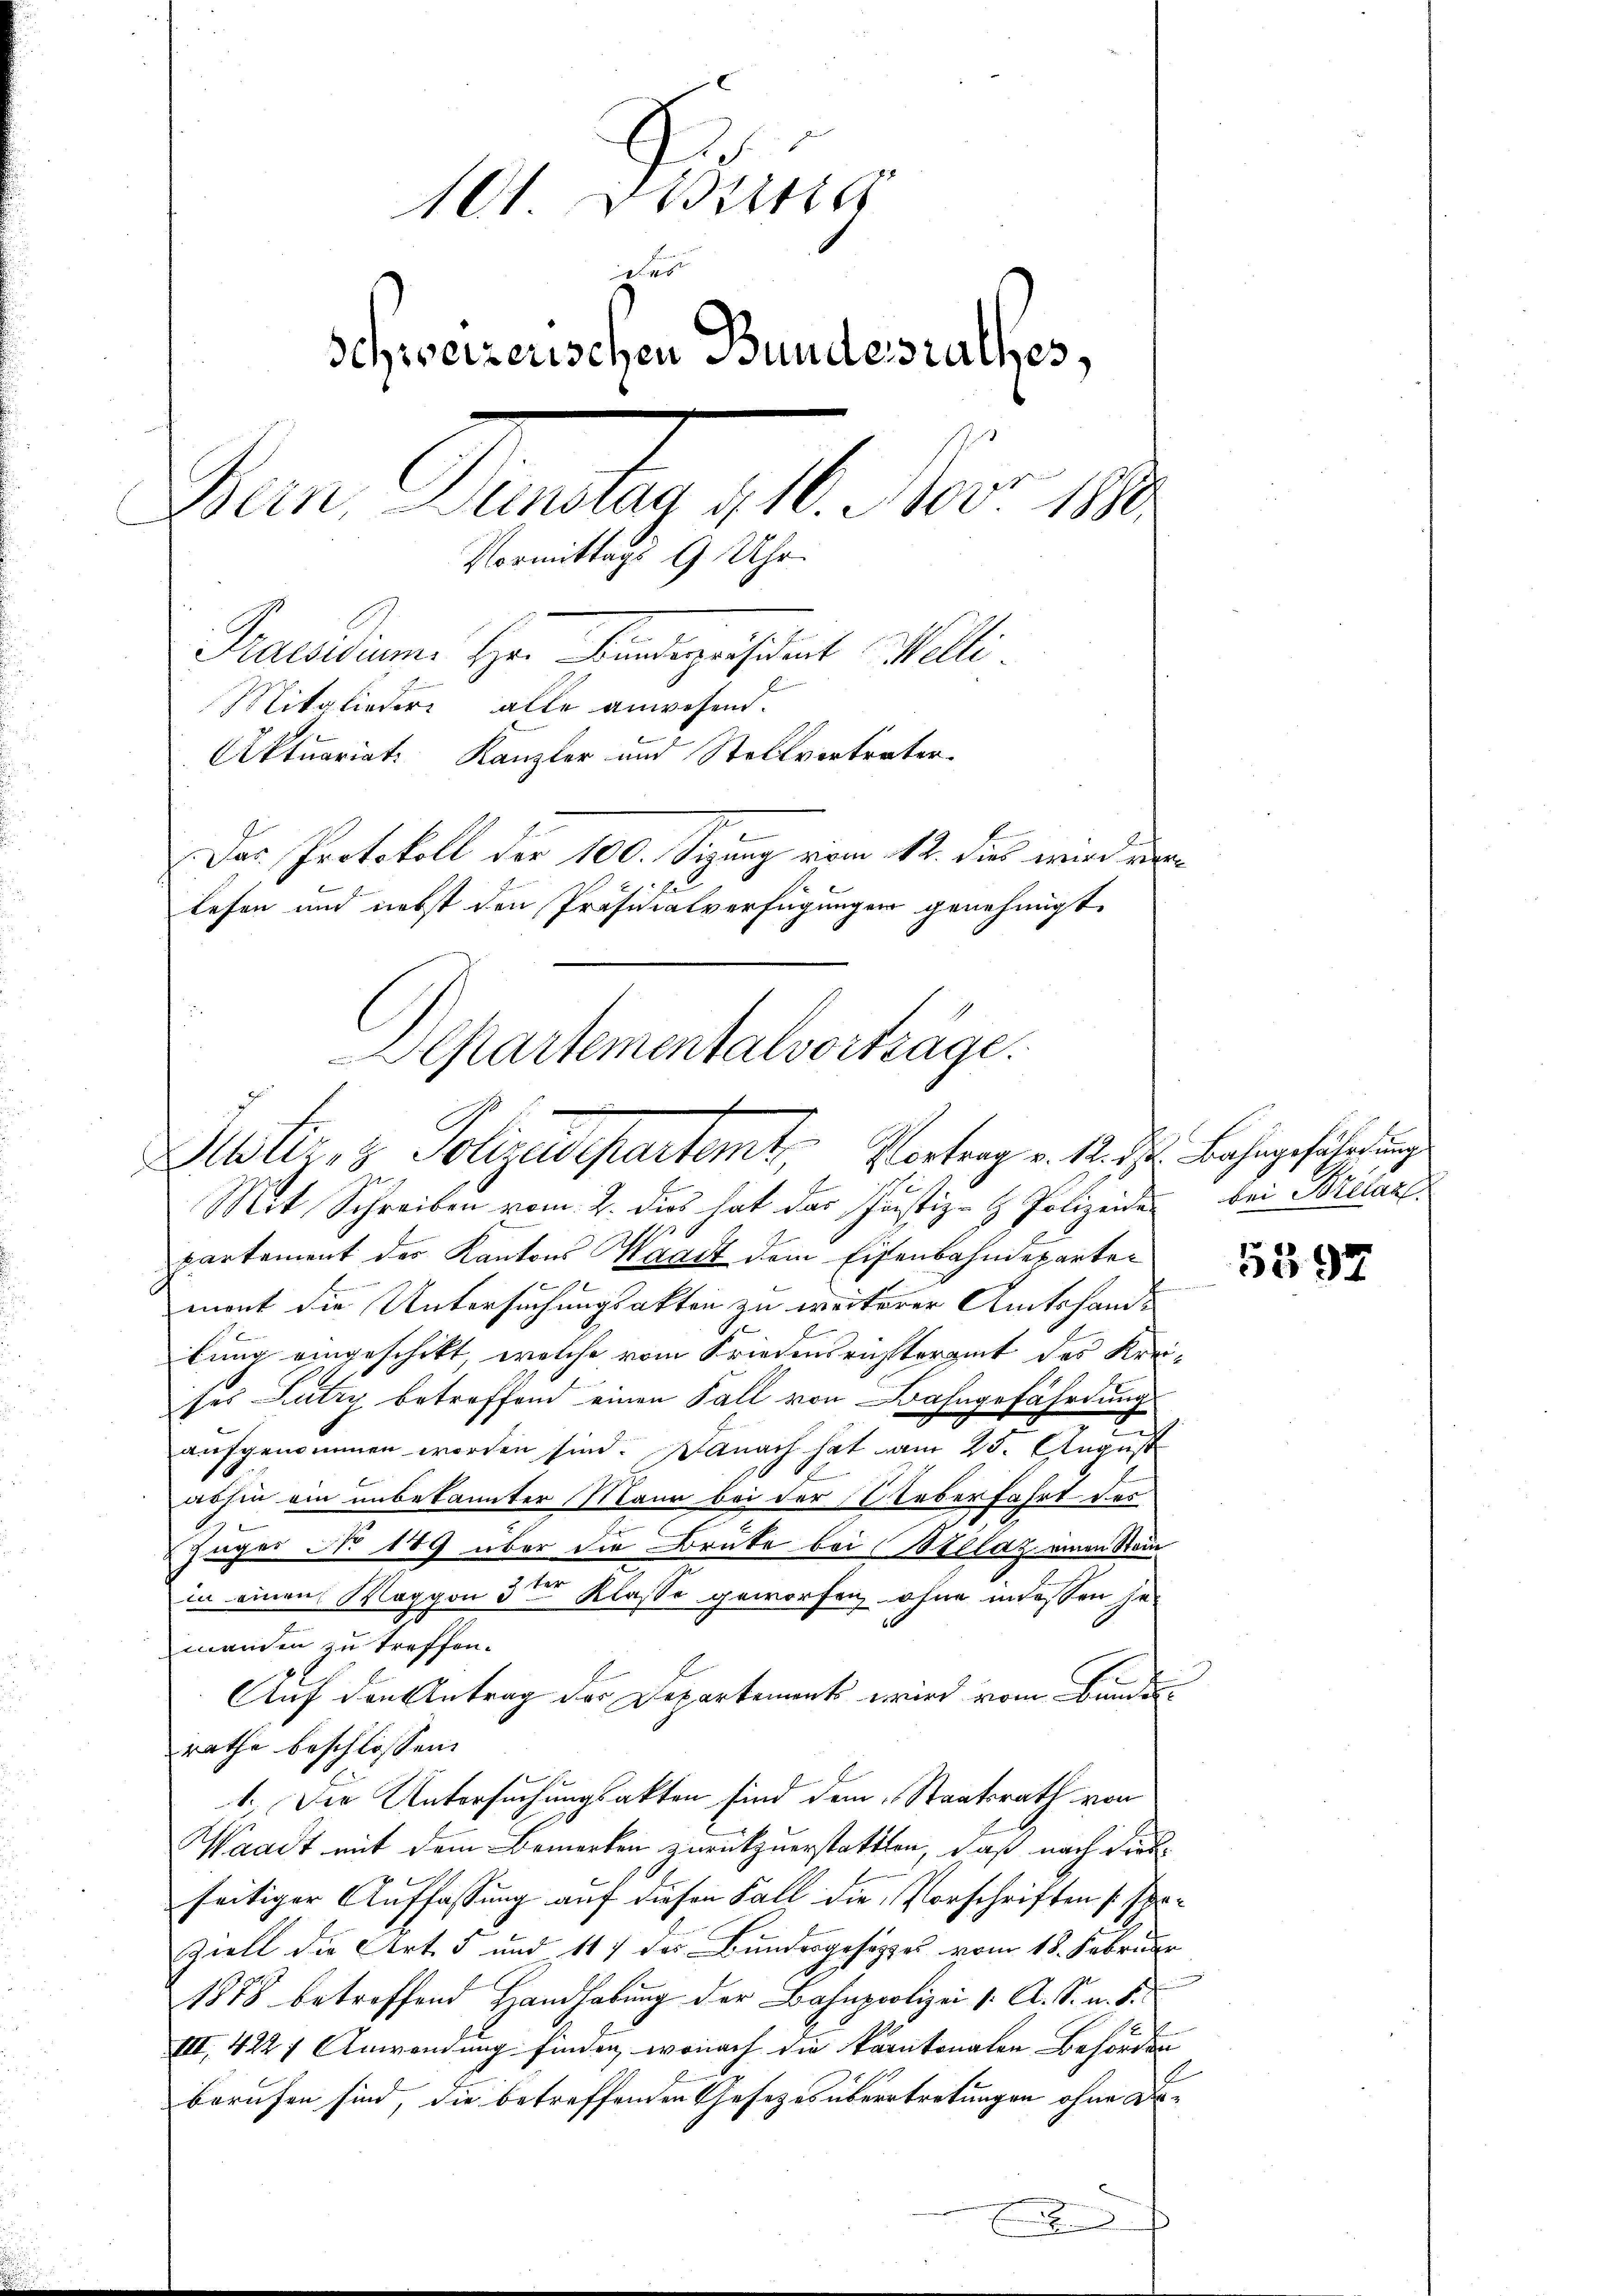
10 Diens
.
.
Schweizerischen Bundesrathes,
Bern, Dünstag 4. 16. Nov. 1880
Vormittags 9 Uhr.
Praesidium Hr. Bundespräsident Welti.
Mitglieder alle anwesend.
Aktuariat Kanzler und Stellvertreter.
Das Protokoll der 100. Sirung vom 12. dies wird ern
e
lesen und nebst den Präsidialverfügungen genehmigt.
Separtementalvorträge.

Justiz- & Polizeisepartemt. Vortrag v. Mts. Bahngeführungs

Mit Schreiben vom 2. dies hat das Justiz- & Polizeide
partement der Kantons Waadt dem Eisenbahndeparte¬
E
mont die Untersuchungsakten zu weiterer Amtshande
J.
lung eingeschikt, welche vom Friedensrichteramt des Krei-
ses Lutry betreffend einen Fall von Bahngefährdung
aufgenommen worden sind. Danach hat am 25. August
abhin ein unbekannter Mann bei der Ueberfahrt des
u
Juges No 189 über die Brute bei Billaz einen Stein
in einen Maggon 3ter Klasse geworfen ohne in lassen jemanden zu treffen.
Auf den Antrag der Departements wird vom Bunden
rathe beschlossen:
1. Die Untersuchungsakten sind dem Staatsrath von
Waadt mit dem Bemerken zurückzuerstattten, daß nach diesseitiger Auffassung auf diesen Fall die Vorschriften spe¬
Ziell die Art. 5 und 117 des Bundesgesetzes vom 18. Februar
1878 betreffend Handhabung der Bahnpoolizei v. A. S. u. S.
III. 422 f Anwendung finden, wonach die kantonalen Behörden |
berufen sind, die betreffenden Gesetzes übertretungen ohne De¬
Er

bei Breian

5397